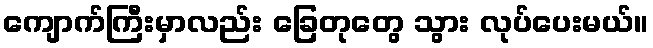
ကျောက်ကြီးမှာလည်း ခြေတုတွေ သွား လုပ်ပေးမယ်။